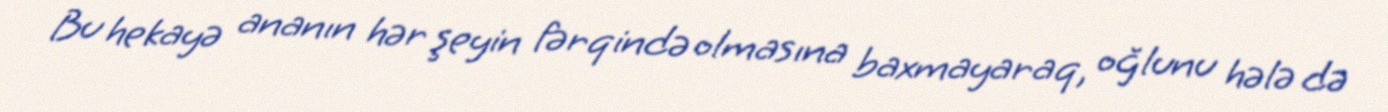
Bu hekayə ananın hər şeyin fərqində olmasına baxmayaraq, oğlunu hələ də